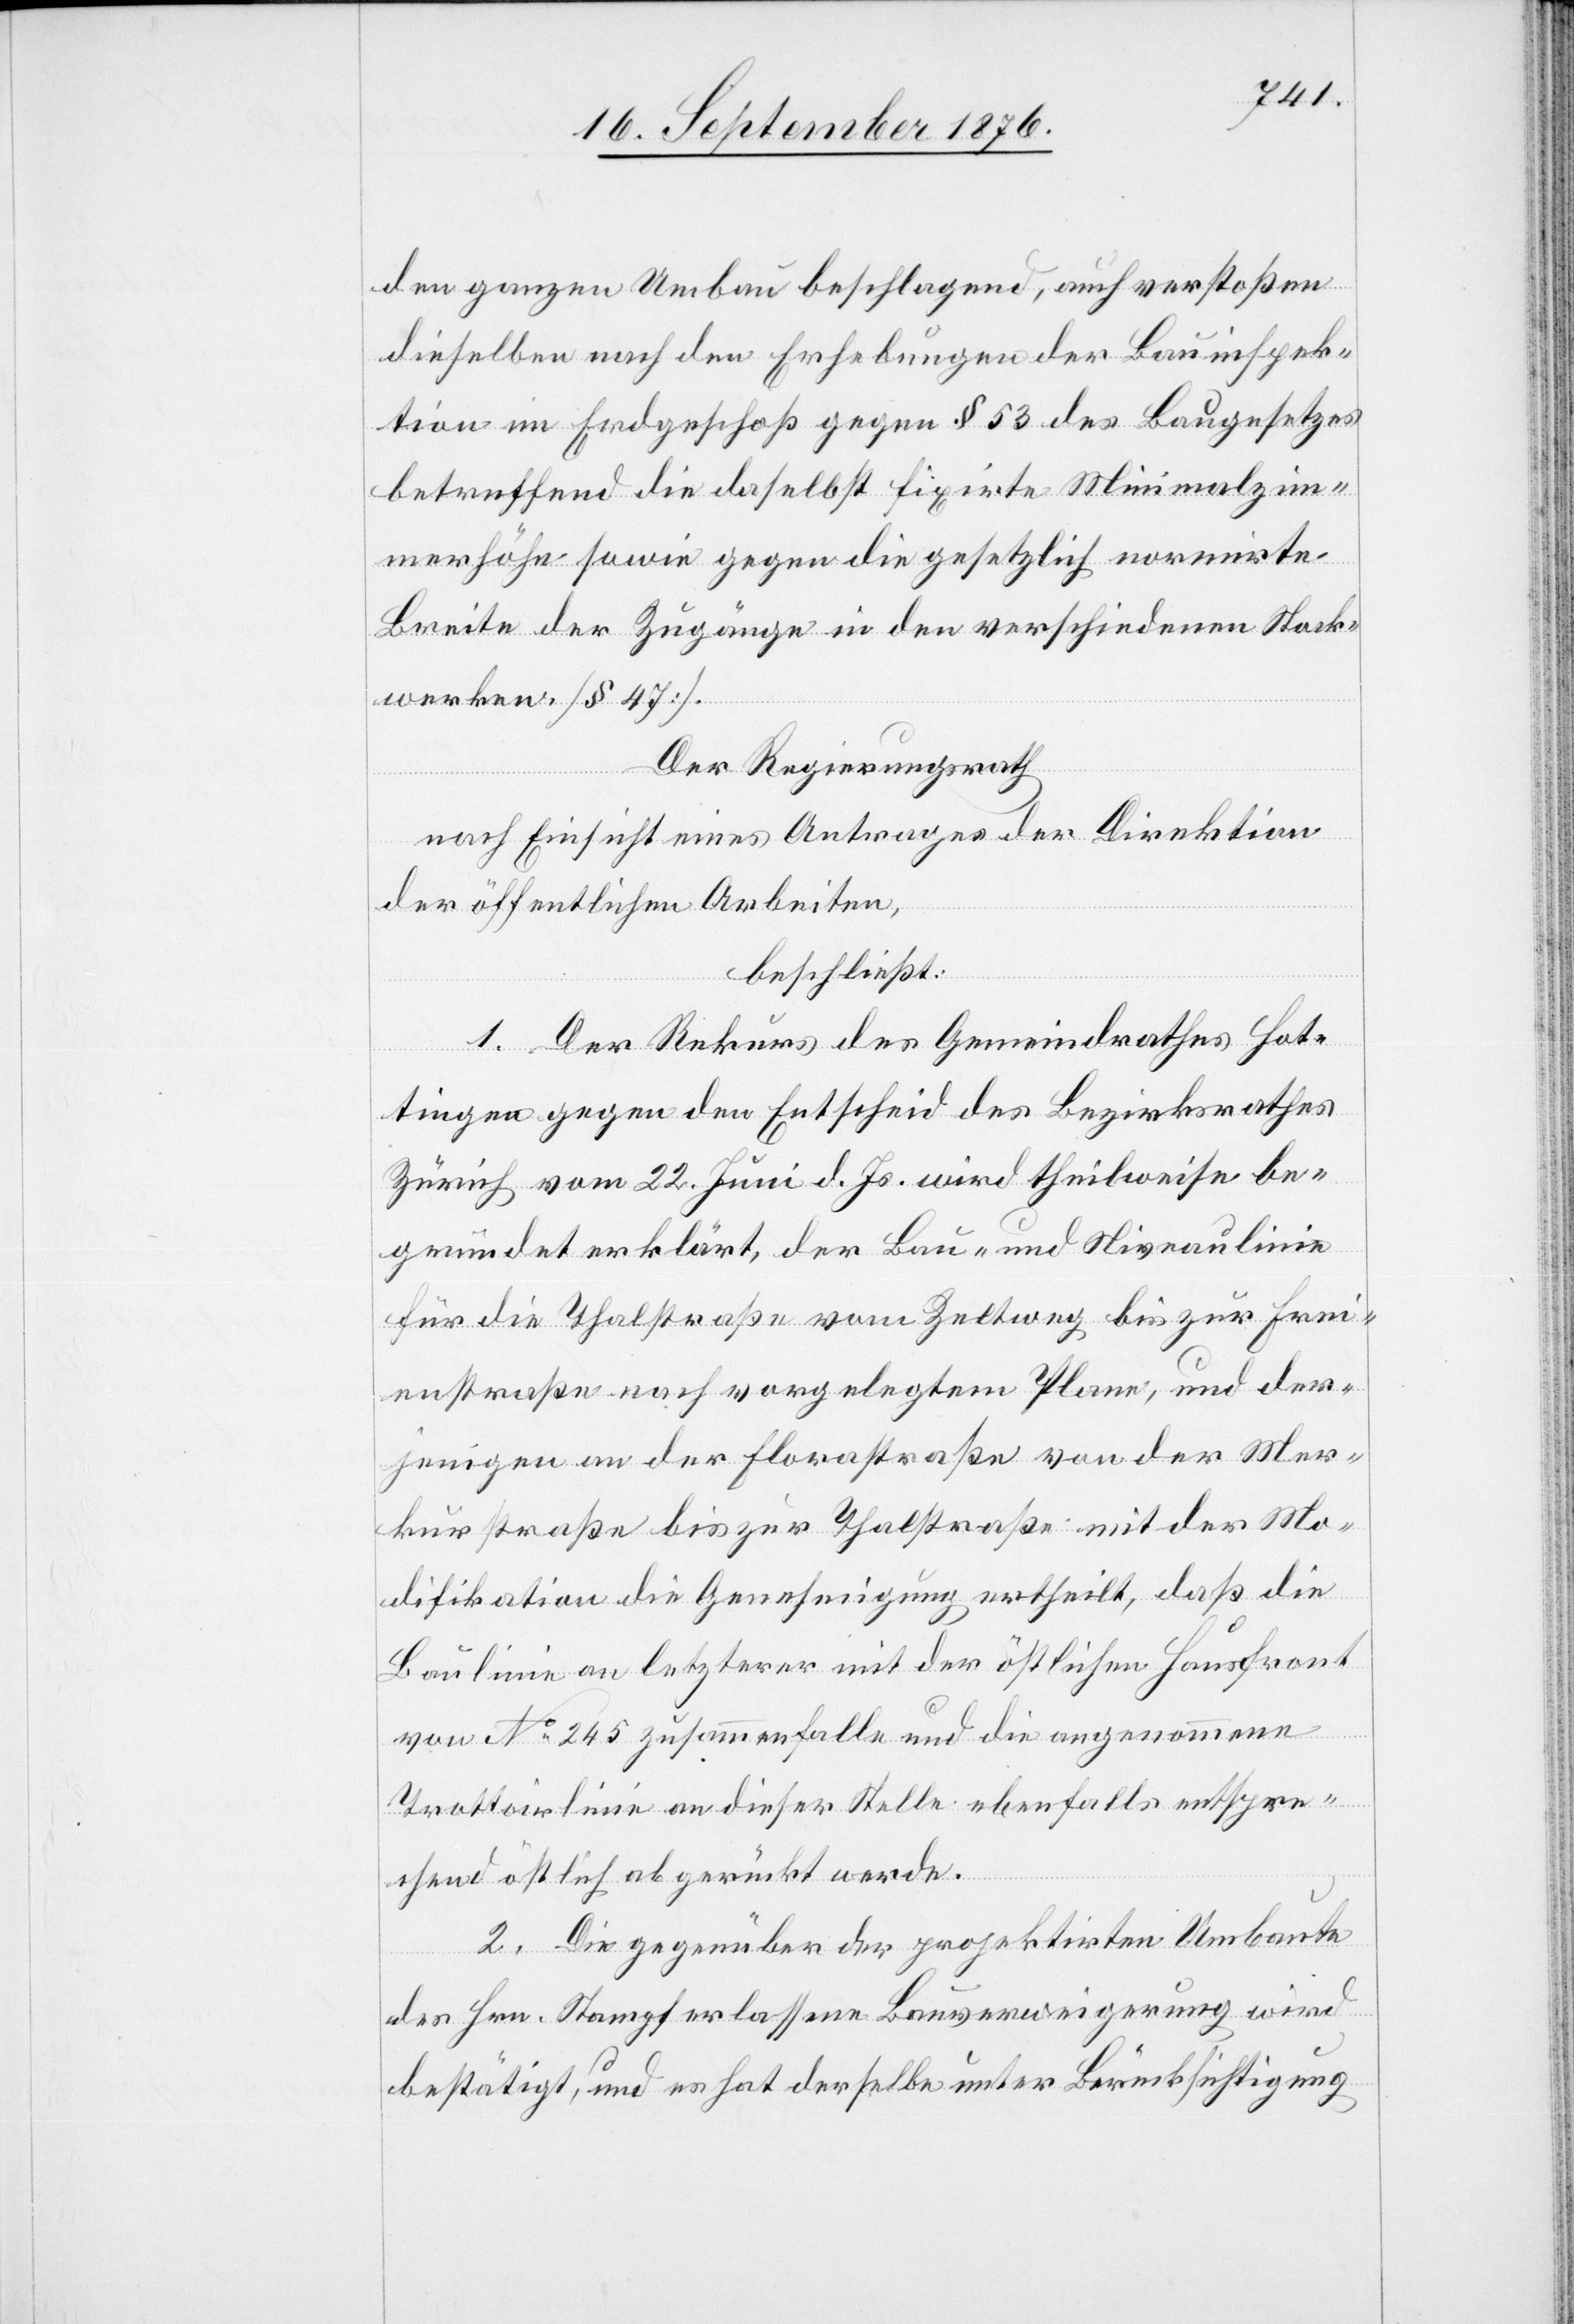
den ganzen Umbau beschlagend, auch verstoßen
dieselben nach den Erhebungen der Bauinspek¬
tion im Erdgeschoß gegen § 53 des Baugesetzes
betreffend die daselbst fixirte Minimalzim¬
merhöhe sowie gegen die gesetzlich normirte
Breite der Zugänge in den verschiedenen Stock¬
werken. [§ 47].
Der Regierungsrath
nach Einsicht eines Antrages der Direktion
der öffentlichen Arbeiten,
beschließt:
1. Der Rekurs des Gemeindrathes Hot¬
tingen gegen den Entscheid des Bezirksrathes
Zürich vom 22. Juni d. Js. wird theilweise be¬
gründet erklärt, der Bau- und Niveaulinie
für die Thalstraße vom Zeltweg bis zur Frei¬
enstraße nach vorgelegtem Plane, und der¬
jenigen an der Florastraße von der Mer¬
kurstraße bis zur Thalstraße mit der Mo¬
difikation die Genehmigung ertheilt, daß die
Baulinie an letzterer mit der östlichen Hausfront
von No 245 zusammenfalle und die angenommene
Trottoirlinie an dieser Stelle ebenfalls entspre¬
chend östlich abgerückt werde.
2. Die gegenüber der projektirten Umbaute
des Hrn. Stampf erlassene Bauverweigerung wird
bestätigt, und es hat derselbe unter Berücksichtigung